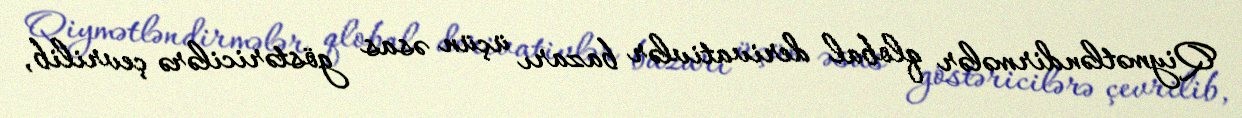
Qiymətləndirmələr qlobal derivativlər bazarı üçün əsas göstəricilərə çevrilib,